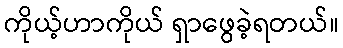
ကိုယ့်ဟာကိုယ် ရှာဖွေခဲ့ရတယ်။